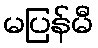
မပြန်မီ